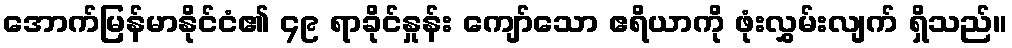
အောက်မြန်မာနိုင်ငံ၏ ၄၉ ရာခိုင်နှုန်း ကျော်သော ဧရိယာကို ဖုံးလွှမ်းလျက် ရှိသည်။